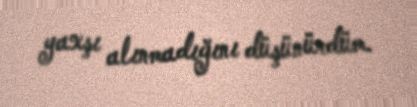
yaxşı alınmadığını düşünürdüm.